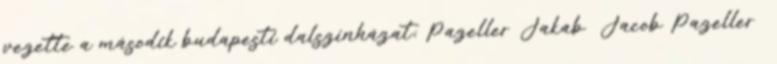
vezette a második budapesti dalszínházat; Pazeller Jakab Jacob Pazeller